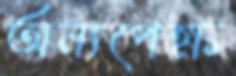
অন্যপেক্ষ